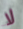
لا